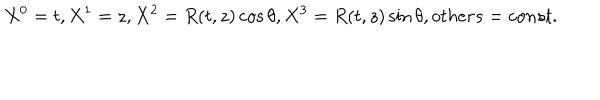
X ^ { 0 } = t , X ^ { 1 } = z , X ^ { 2 } = R ( t , z ) \cos \theta , X ^ { 3 } = R ( t , z ) \sin \theta , o t h e r s = c o n s t .